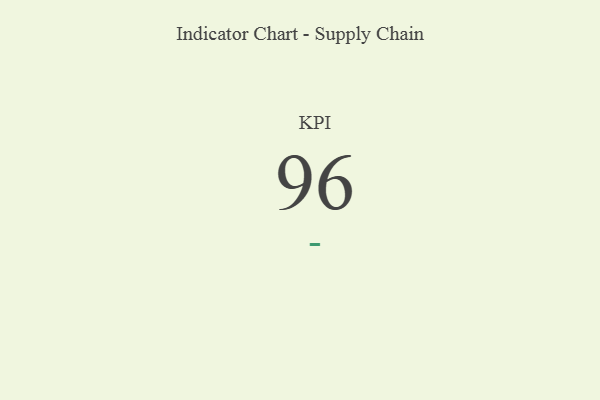
{"axis": {"x": "KPI", "y": "Value"}, "legend": [""], "data": [{"x": "KPI", "y": 96, "type": ""}]}